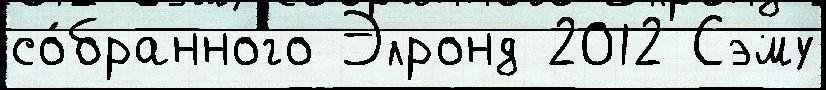
со́бранного Элронд 2012 Сэму